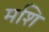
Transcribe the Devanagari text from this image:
मशि